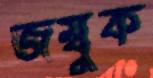
জম্বুক